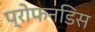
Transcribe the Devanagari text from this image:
प्रोफनडिस